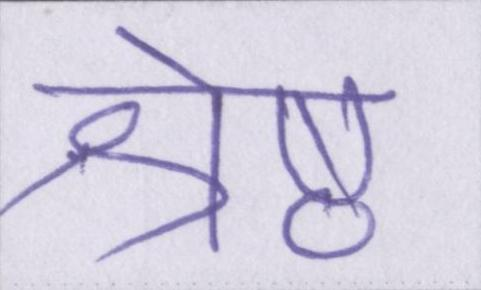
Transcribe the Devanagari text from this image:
श्रेष्ठ